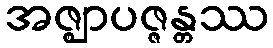
အဇ္ဈာပဇ္ဇန္တဿ